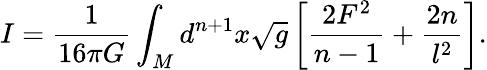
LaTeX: I=\frac{1}{16{\pi}G}\int_{M}d^{n+1}x\sqrt{g}\left[\frac{2F^{2}}{n-1}+\frac{2n}{l^{2}}\right].